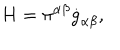
H = \pi ^ { \alpha \beta } \dot { g } _ { \alpha \beta } ,